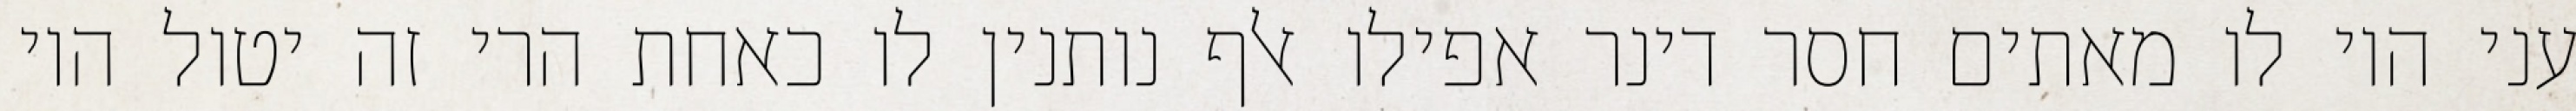
עני היו לו מאתים חסר דינר אפילו אלף נותנין לו כאחת הרי זה יטול היו